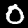
Label: 0